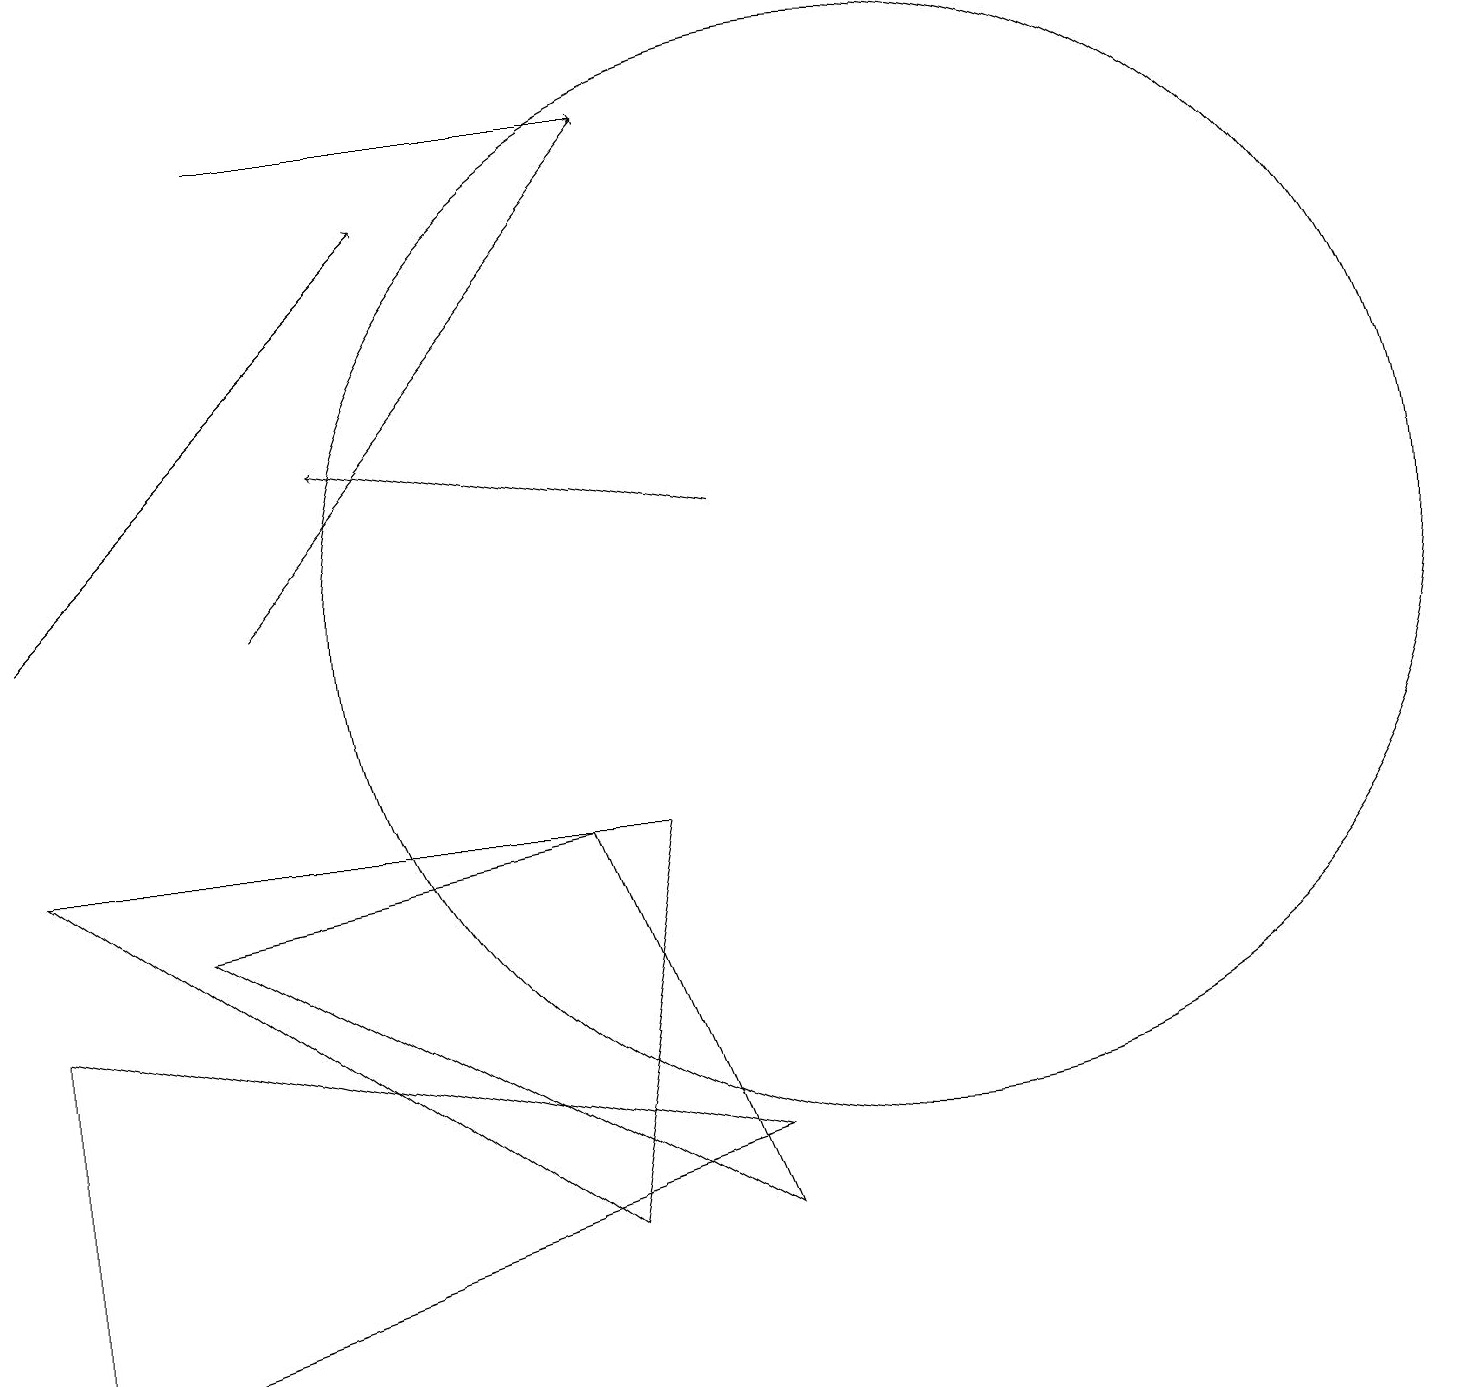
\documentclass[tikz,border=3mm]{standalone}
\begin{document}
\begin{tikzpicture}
\draw (0,1) -- (9,4) -- (0,6) -- cycle;
\draw[->] (0,11) -- (5,16);
\draw (7,8) -- (9,3) -- (2,7) -- cycle;
\draw[->] (3,17) -- (8,17);
\draw[->] (9,12) -- (4,13);
\draw[->] (3,11) -- (8,17);
\draw (0,8) -- (8,8) -- (7,3) -- cycle;
\draw (11,11) circle (7);
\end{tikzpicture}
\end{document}